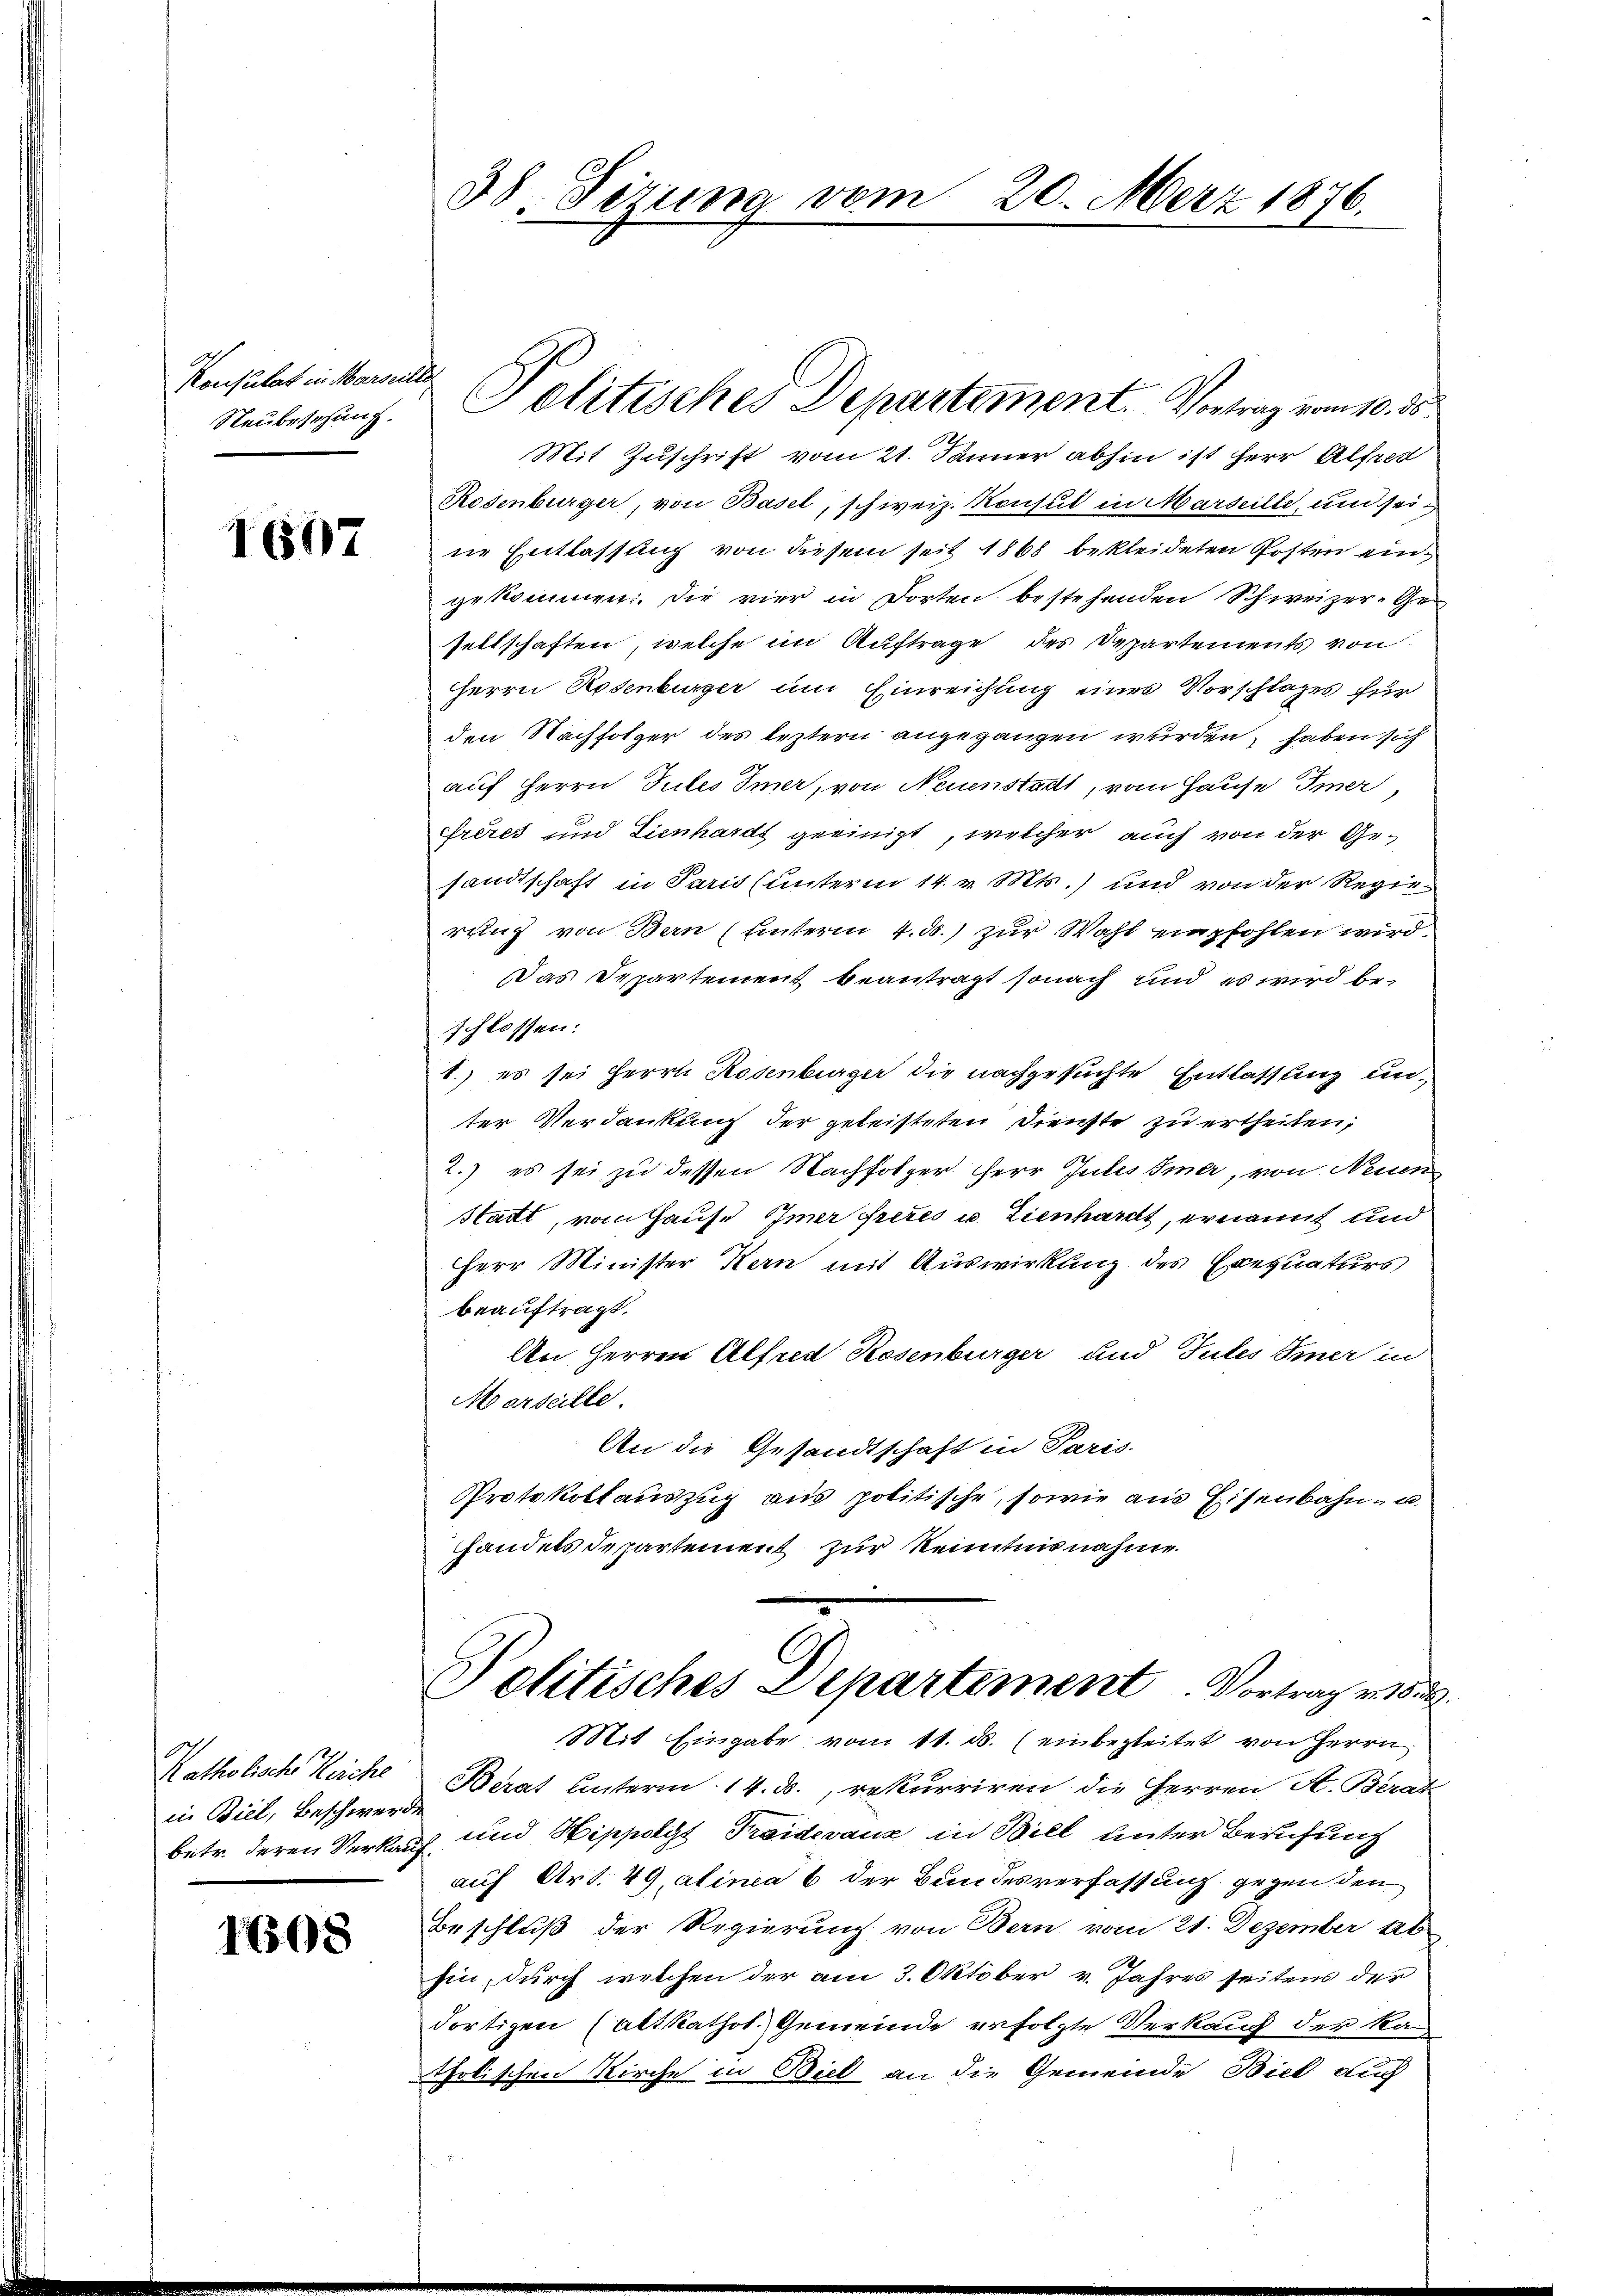
Konsulat in Marseilte
Neubeschung.

1607

Katholische Reiche
in Biel, Beschwerde

1708

38. Sizung vom 20. März 1876.

Mit Zuschrift vom 21. Jänner abhin ist Herr Alfred
Rodenburger, von Basel, schweiz. Konsul in Marseille, und seine Entlassung von diesem seit 1868 bekleideten Posten eingekommen. Die vier in Dorten bestehenden Schweizer-Geseltschaften, welche im Auftrage des Departements von
Herrn Rosenburger um Einreichung eines Vorschlages für
den Nachfolger des leztern angegangen wurden, haben sich
auf Herrn Gutes Immer, von Neuenstadt, vom Hause Imer,
Frères und Lienhards geeinigt, welcher auch von der Gesandtschaft in Paris (unterm 14. v. Mts.) und von der Regie
rung von Bern (unterm 4. ds. zur Wahl empfohlen wird.
Das Departement beantragt sonach und es wird beschlossen:
1.) es sei Herrn Rosenburger die nachgesuchte Entlassung unter Verdankung der geleisteten Dienste zu ertheilen,
2.) es sei zu dessen Nachfolger Herr Jules siner, von Neuen
Statt, vom Hause Immer freies u. Zienhardt, ernannt und
Herr Minister Kan mit Auswirkung des Exequaturs
beauftragt.
An Herren Alfred Rosenburger und Gutes Immer in
Merseille.
An die Gesandtschaft in Paris.
Protokollauszug aus politische, sowie aus Eisenbahn- u
handels departement zur Kenntnisnahme
Politisches Departement. Vortrag v. 18
Mit Eingabe vom 11. ds. (einbegleitet von Herrn
Berat unterm 14. ds., rekurriren die Herren A. Berat
betr. deren Verkauf und Hippolyt Treidevanz in Biel unter Berufung
auf Art. 49, alinea 6 der Bundesverfassung gegen den
Beschluß der Regierung von Bern vom 21. Dezember 16
hin, durch welchen der am 3. Oktober v. Jahres seitens der
dortigen (Altkathol. Gemeinde erfolgte Verkauf der Katholischen Kirche in Biel an die Gemeinde Biel auch

Politisches Departement. Vortrag vom 10. ds.